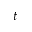
t